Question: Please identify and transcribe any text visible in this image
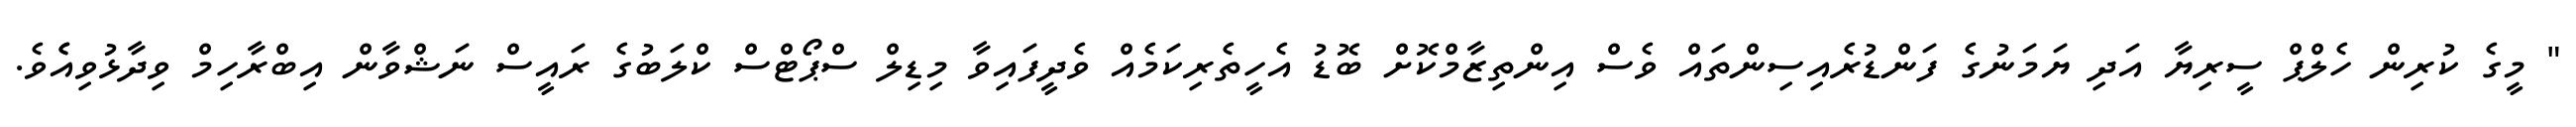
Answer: " މީގެ ކުރިން ހެލްޕް ސީރިޔާ އަދި ޔަމަނުގެ ފަންޑުރެއިސިންތައް ވެސް އިންތިޒާމްކޮށް ބޮޑު އެހީތެރިކަމެއް ވެދީފައިވާ މިޑިލް ސްޕޯޓްސް ކްލަބުގެ ރައީސް ނަޝްވާން އިބްރާހިމް ވިދާޅުވިއެެވެ.